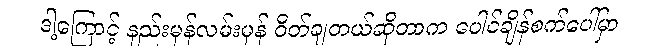
ဒါ့ကြောင့် နည်းမှန်လမ်းမှန် ဝိတ်ချတယ်ဆိုတာက ပေါင်ချိန်စက်ပေါ်မှာ